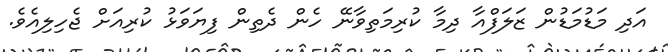
އަދި މަޑުމަޑުން ޒަލަފްއާ ދިމާ ކުރިމަތިވާނޭ ހެން ދެތިން ފިޔަވަޅު ކުރިއަށް ޖެހިލިއެވެ.